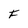
Character: F